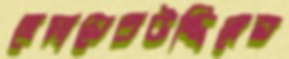
হেমায়েতউদ্দিনের